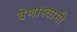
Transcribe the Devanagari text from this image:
वेणास्वामी